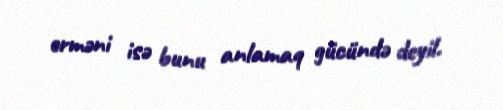
erməni isə bunu anlamaq gücündə deyil.